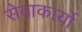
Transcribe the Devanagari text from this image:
सेवाकार्यो